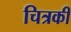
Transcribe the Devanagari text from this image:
चित्रकी